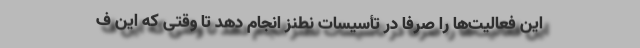
این فعالیت‌ها را صرفاً در تأسیسات نطنز انجام دهد تا وقتی که این ف